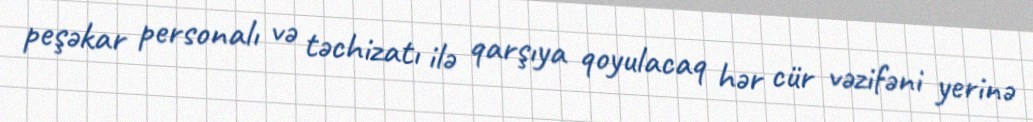
peşəkar personalı və təchizatı ilə qarşıya qoyulacaq hər cür vəzifəni yerinə